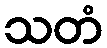
သတံ